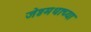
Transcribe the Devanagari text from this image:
जेष्ठमधाच्या